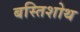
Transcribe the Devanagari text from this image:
बस्तिशोथ